DOW-UAP-D48, Department of the Air Force Report, 1996
Agency: Department of War
Incident date: 9/10/96
Page 48
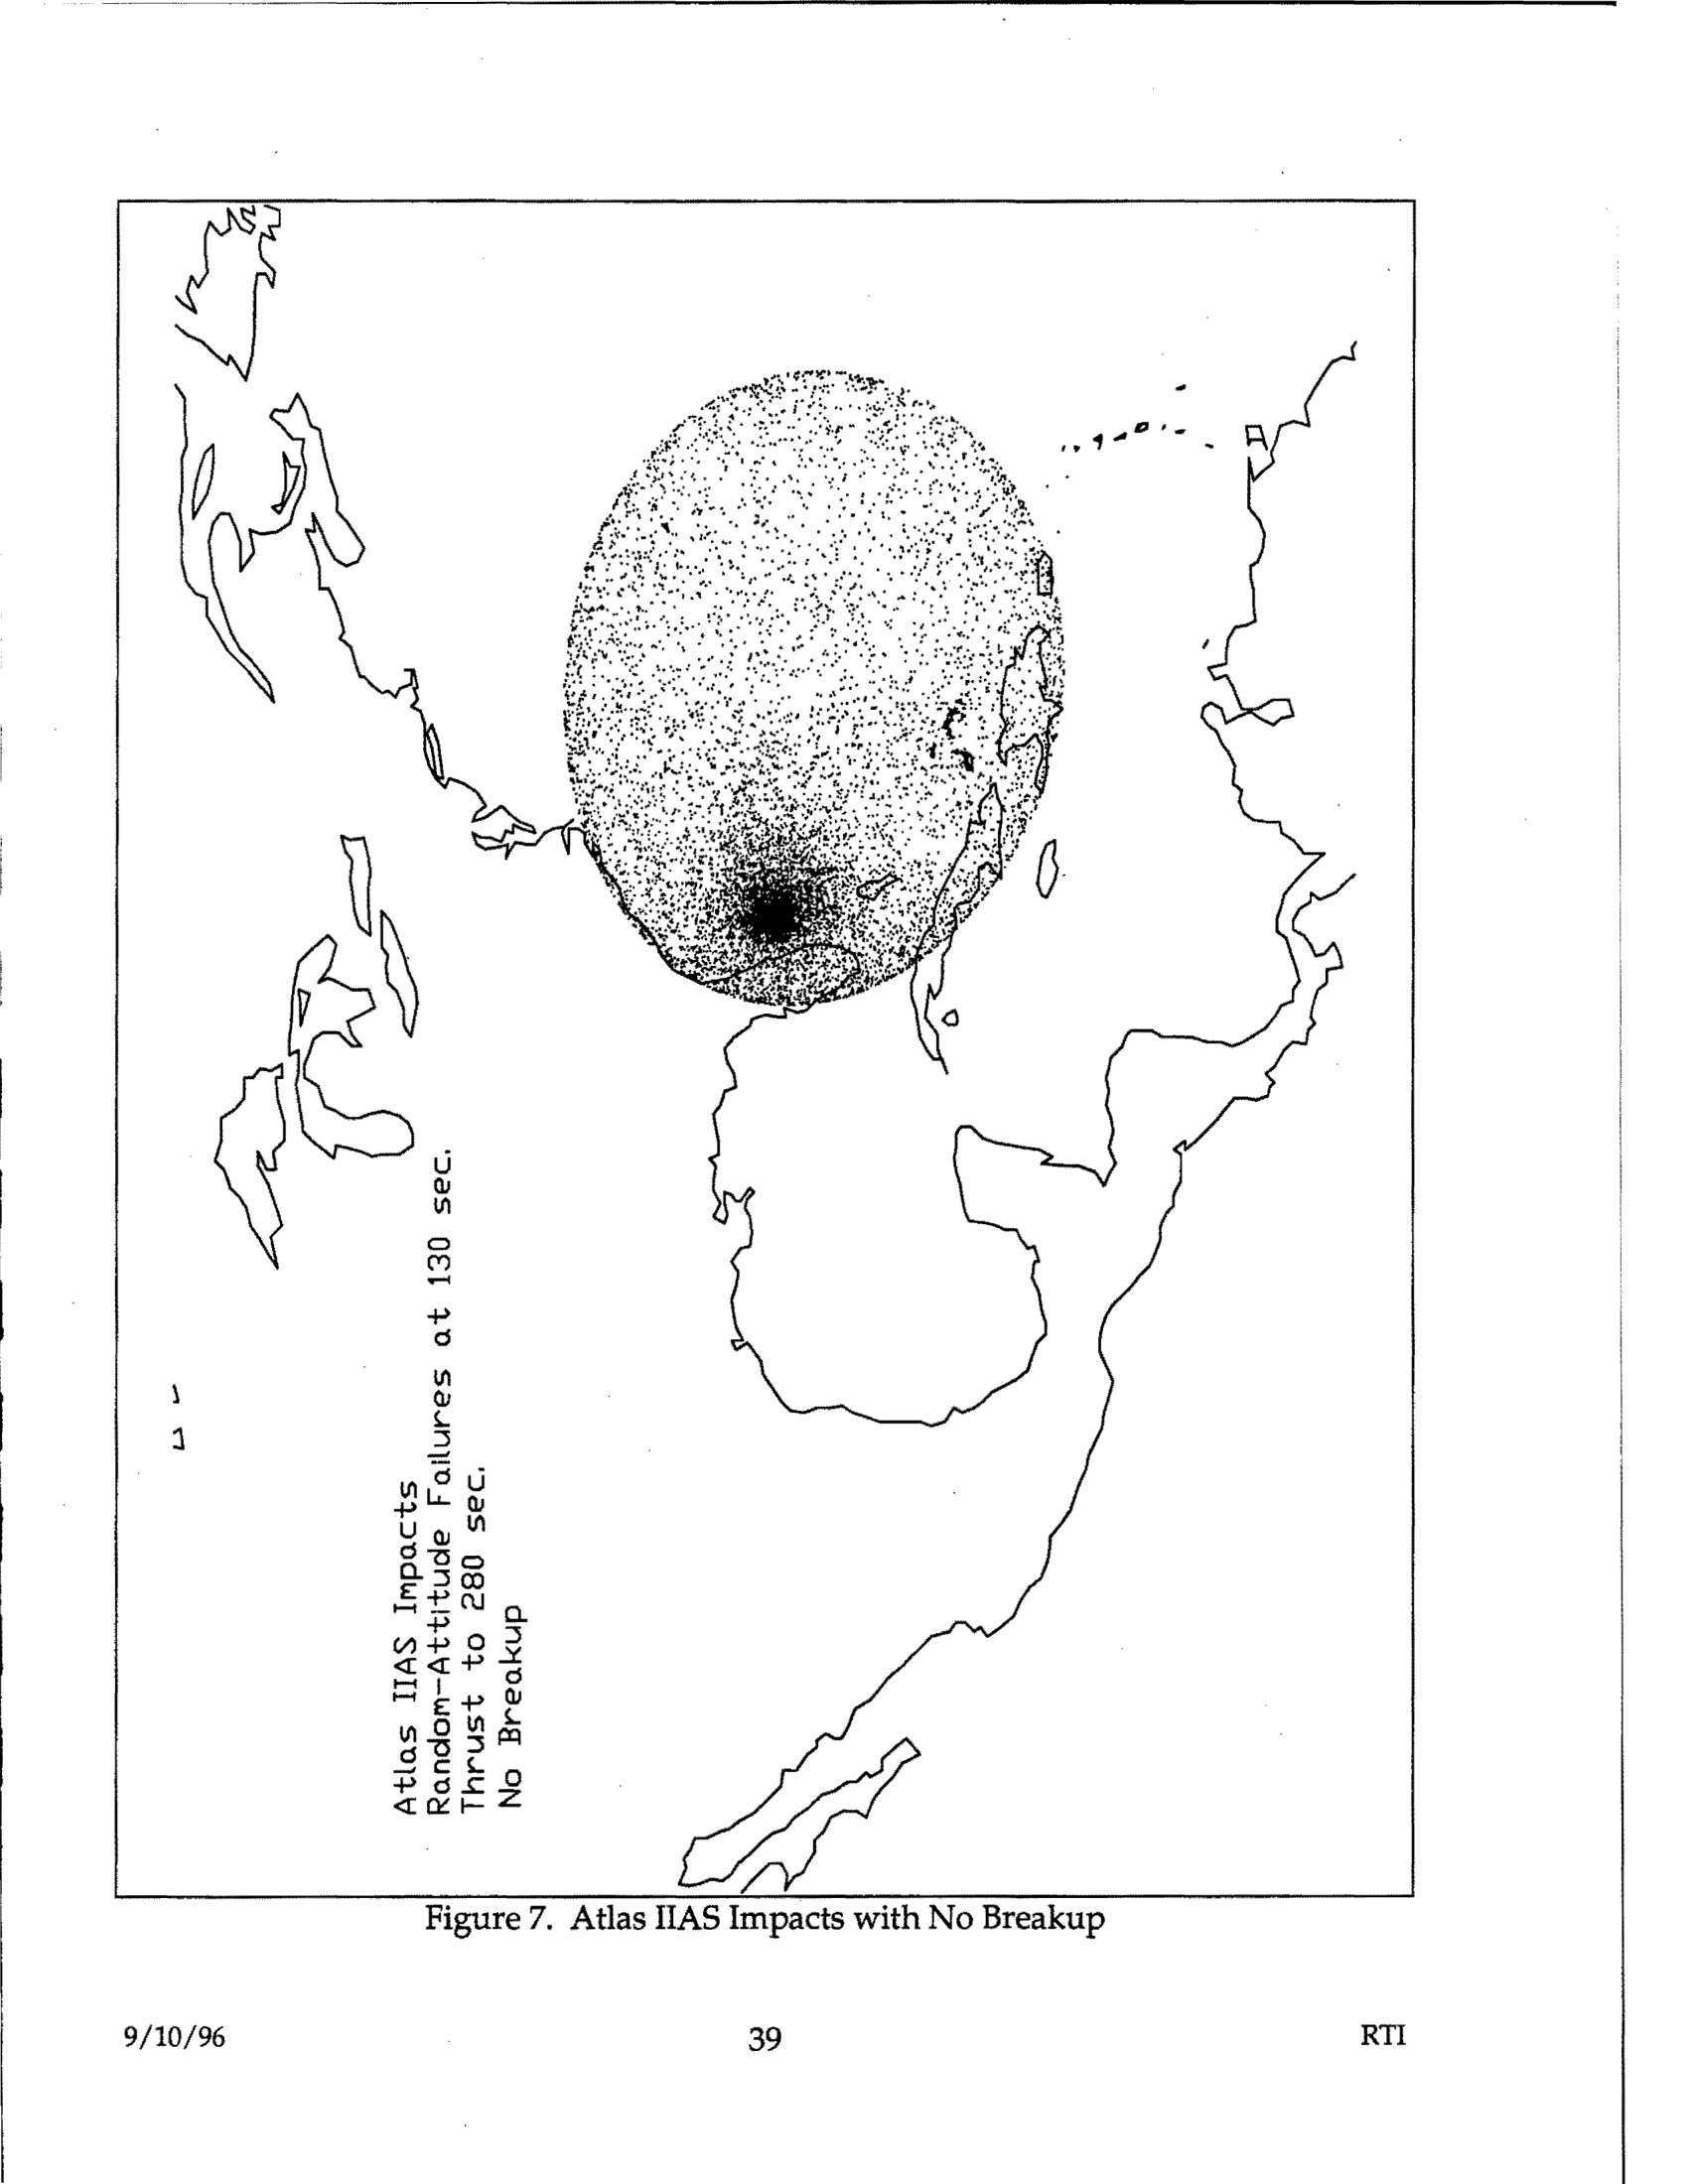